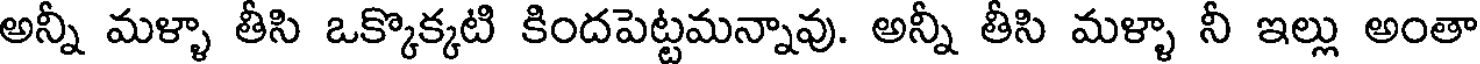
అన్నీ మళ్ళా తీసి ఒక్కొక్కటి కిందపెట్టమన్నావు. అన్నీ తీసి మళ్ళా నీ ఇల్లు అంతా